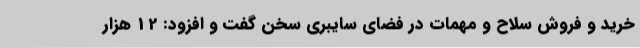
خرید و فروش سلاح و مهمات در فضای سایبری سخن گفت و افزود: 12 هزار